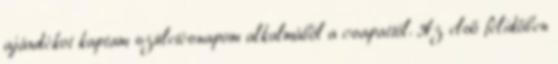
ajándékot kaptam születésnapom alkalmából a csapattól. Az első félidőben